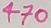
Text: 470